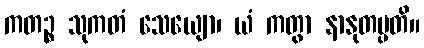
ကတဉ္စ သုကတံ သေယျော၊ ယံ ကတွာ နာနုတပ္ပတိ။